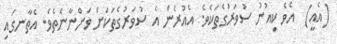
(އެއީ)  އެވެ ކިއުނު ސުވަރުގެތަކެވެ. އެއުރެން އެ ސުވަރުގެތަކަށް ވަންނާނެތެވެ. އެތާނގައި